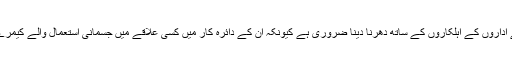
پالیسی سازوں کو قانون نافذ کرنے والے اداروں کے اہلکاروں کے ساتھ دھرنا دینا ضروری ہے کیونکہ ان کے دائرہ کار میں کسی علاقے میں جسمانی استعمال والے کیمرے استعمال کے لled رکھے جاتے ہیں۔